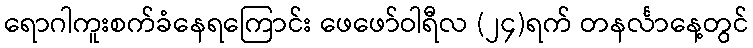
ရောဂါကူးစက်ခံနေရကြောင်း ဖေဖော်ဝါရီလ (၂၄)ရက် တနင်္လာနေ့တွင်